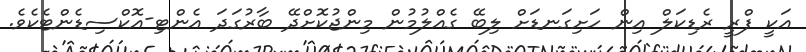
އަކީ ފްރީ ރެޑިކަލް އިން ހަށިގަނޑަށް ލިބޭ ގެއްލުމުން މިންޖުކޮށްދޭ ބާރުގަދަ އެންޓި-އޮކްސިޑެންޓެކެވެ.